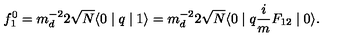
f _ { 1 } ^ { 0 } = m _ { d } ^ { - 2 } 2 \sqrt { N } \langle 0 \mid q \mid 1 \rangle = m _ { d } ^ { - 2 } 2 \sqrt { N } \langle 0 \mid q \frac { i } { m } F _ { 1 2 } \mid 0 \rangle .